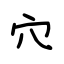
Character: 穴